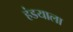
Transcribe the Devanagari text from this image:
हंडयाला